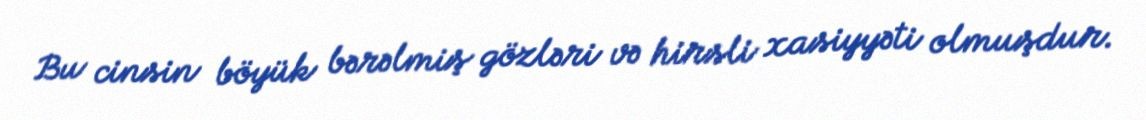
Bu cinsin böyük bərəlmiş gözləri və hirsli xasiyyəti olmuşdur.